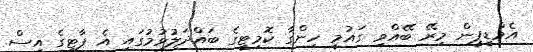
އެމްޑީޕީން މިރޭ ބޭއްވި ގައުމީ ހިންގާ ކޮމިޓީގެ ބައްދަލުވުމުގައި އެ ޕާޓީގެ އިސް